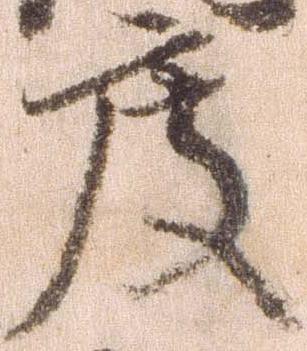
度